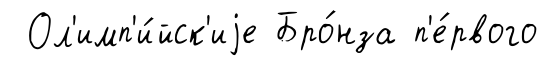
Ол'имп'и́йск'иjе Бро́нза п'е́рвого